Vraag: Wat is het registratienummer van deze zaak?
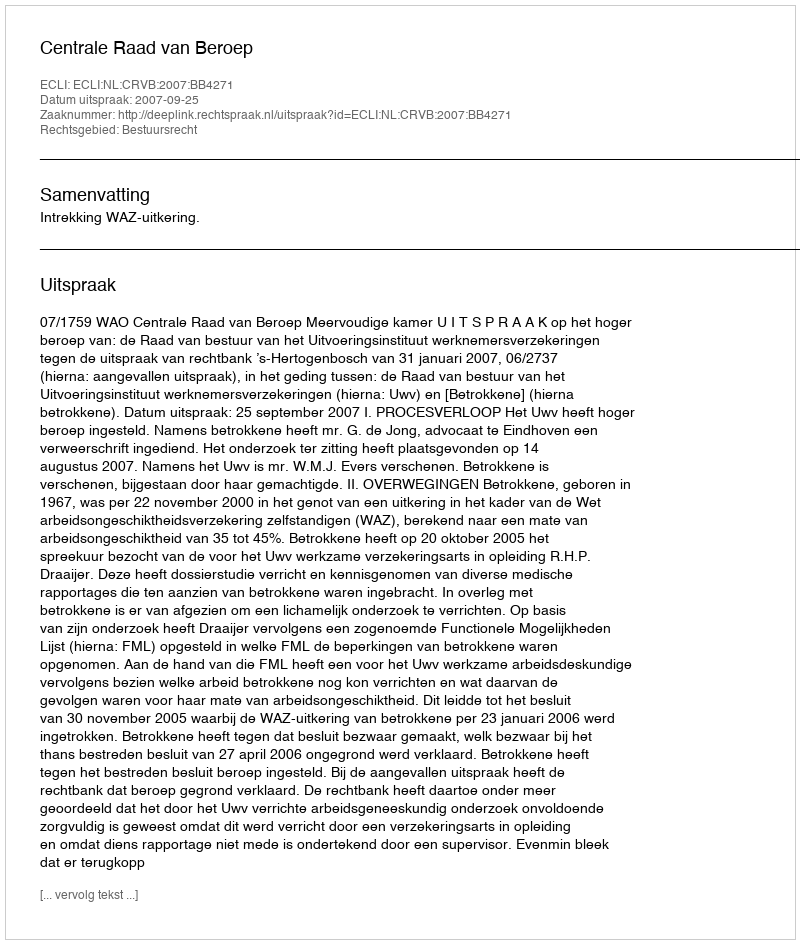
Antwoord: http://deeplink.rechtspraak.nl/uitspraak?id=ECLI:NL:CRVB:2007:BB4271